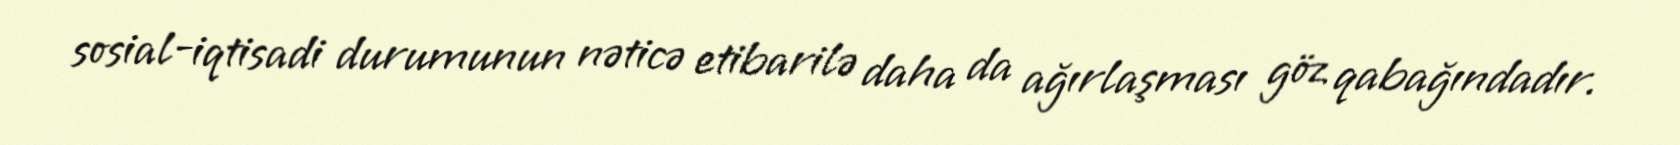
sosial-iqtisadi durumunun nəticə etibarilə daha da ağırlaşması göz qabağındadır.